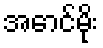
အောင်မိုး